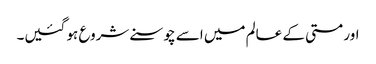
اور مستی کے عالم میں اسے چوسنے شروع ہو گئیں۔